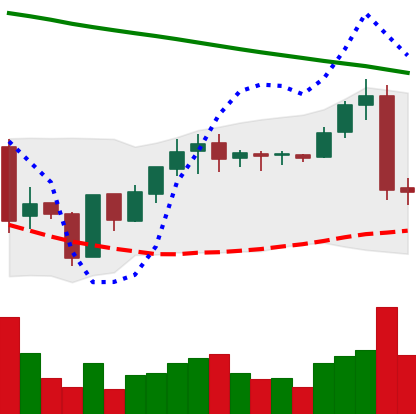
Ticker: BNB-USD
Chart end date: 2019-01-29
Forward return: 9.002%
Label: up_7plus